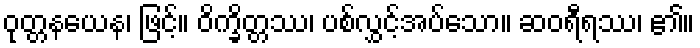
ဝုတ္တနယေန၊ ဖြင့်။ ဝိက္ခိတ္တဿ၊ ပစ်လွှင့်အပ်သော။ ဆဝရီရဿ၊ ၏။